Lunatic asylums Central Provinces reports 1895-1909 - 1895-1909
Year: 1895
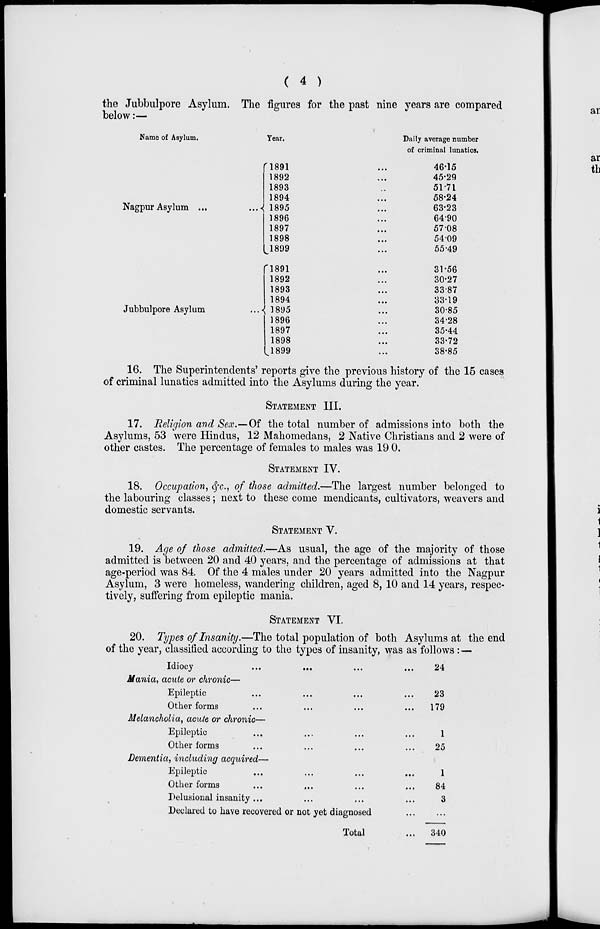
( 4 )
the Jubbulpore Asylum. The figures for the past nine years are compared
below:—
Name of Asylum.
Nagpur Asylum ...
...
Jubbulpore
Asylum
...
Year.
1891 ...
1892 ...
1893 ...
1894 ...
1895 ...
1896 ...
1897 ...
1898 ...
1899 ...
1891 ...
1892 ...
1893 ...
1894 ...
1895 ...
1896 ...
1897 ...
1898 ...
1899 ...
Daily average number
of criminal lunatics.
46.15
45.29
51.71
58.24
63.23
64.90
57.08
54.09
55.49
31.56
30.27
33.87
33.19
30.85
34.28
35.44
33.72
38.85
16. The Superintendents' reports give the previous history of the 15 cases
of criminal lunatics admitted into the Asylums during the year.
STATEMENT III.
17. Religion and Sex.—Of the total number of admissions into both the
Asylums, 53 were Hindus, 12 Mahomedans, 2 Native Christians and 2 were of
other castes. The percentage of females to males was 19 0.
STATEMENT IV.
18. Occupation, &c., of those admitted.—The largest number belonged to
the labouring classes; next to these come mendicants, cultivators, weavers and
domestic servants.
STATEMENT V.
19. Age of those admitted.—As usual, the age of the majority of those
admitted is between 20 and 40 years, and the percentage of admissions at that
age-period was 84. Of the 4 males under 20 years admitted into the Nagpur
Asylum, 3 were homeless, wandering children, aged 8, 10 and 14 years, respec-
tively, suffering from epileptic mania.
STATEMENT VI.
20. Types of Insanity.—The total population of both Asylums at the end
of the year, classified according to the types of insanity, was as follows :—
Idiocy
...
... ... ...
Mania, acute or chronic—
Epileptic ... ... ... ...
Other forms ... ... ... ...
Melancholia, acute or chronic—
Epileptic ... ... ... ...
Other forms ... ... ... ...
Dementia, including acquired—
Epileptic ... ... ... ...
Other forms ... ... ... ...
Delusional insanity ... ... ... ...
Declared to have recovered or not yet diagnosed ...
Total ...
24
23
179
1
25
1
84
3
...
340